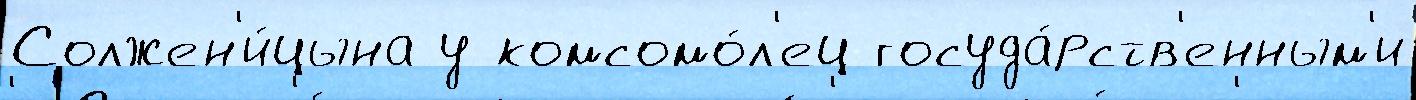
Солжен'и́цына у комсомо́л'ец госуда́рств'енным'и